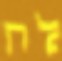
לה